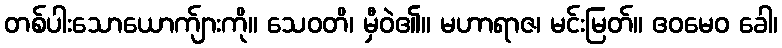
တစ်ပါးသောယောက်ျားကို။ သေဝတိ၊ မှီဝဲ၏။ မဟာရာဇ၊ မင်းမြတ်။ ဧဝမေဝ ခေါ၊